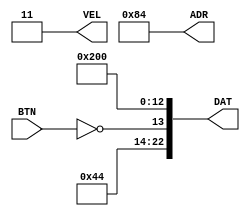
module ADR_DAT_BL(input BTN, output wire [1:0] VEL,
                             output wire [7:0] ADR,
                             output wire [22:0] DAT);

  assign ADR = 8'h84;

  parameter my_dat = 23'h112200;
  parameter my_VEL = 2'b11; // for testing for me it us 2'b10;

  wire my_bit_dat=(my_dat[13]^BTN) ;

  assign DAT={my_dat[22:14],my_bit_dat,my_dat[12:0]} ;
  assign VEL = my_VEL ;
endmodule